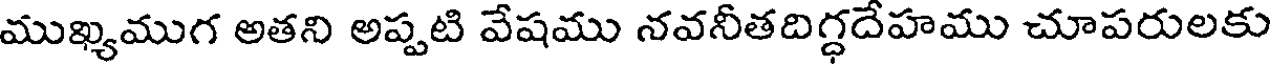
ముఖ్యముగ అతని అప్పటి వేషము నవనీతదిగ్ధదేహము చూపరులకు